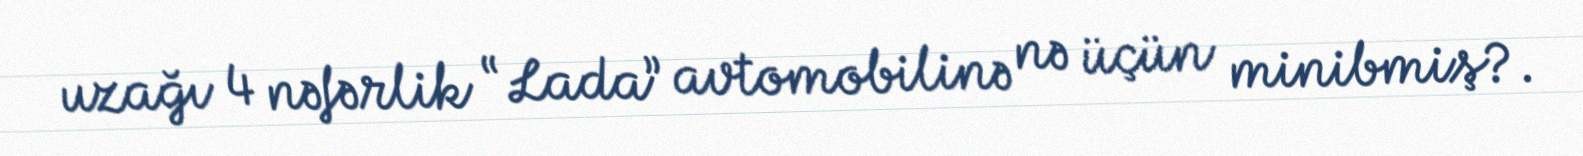
uzağı 4 nəfərlik “Lada” avtomobilinə nə üçün minibmiş?.